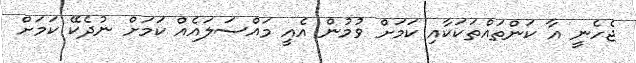
ޖެހެނީ އާ ކަންތައްތަކަކާއި ކަމަށް ވުމުން އެއީ މައްސަލައެއް ކަމަށް ނުދެކޭ ކަމަށް